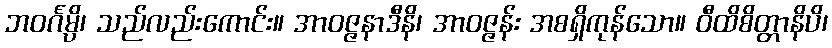
ဘဝင်္ဂမ္ပိ၊ သည်လည်းကောင်း။ အာဝဇ္ဇနာဒီနိ၊ အာဝဇ္ဇန်း အစရှိကုန်သော။ ဝီထိစိတ္တာနိပိ၊